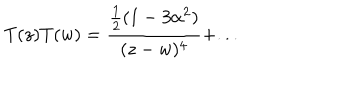
LaTeX: T ( z ) T ( w ) = \frac { \frac { 1 } { 2 } ( 1 - 3 \alpha ^ { 2 } ) } { ( z - w ) ^ { 4 } } + . . .